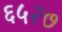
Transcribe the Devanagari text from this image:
६५२७